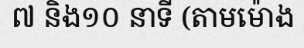
៧ និង១០ នាទី (តាមម៉ោង